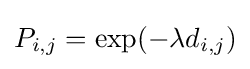
P_{i,j}=\exp(-\lambda d_{i,j})